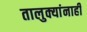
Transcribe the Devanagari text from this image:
तालुक्यांनाही